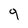
Character: 9